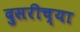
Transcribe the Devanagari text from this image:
दुसरीच्या